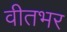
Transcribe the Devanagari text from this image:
वीतभर